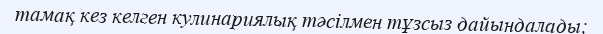
тамақ кез келген кулинариялық тәсілмен тұзсыз дайындалады;